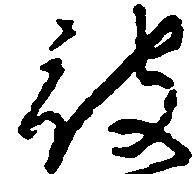
被